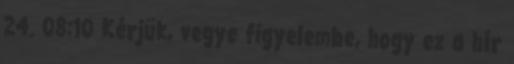
24. 08:10 Kérjük, vegye figyelembe, hogy ez a hír